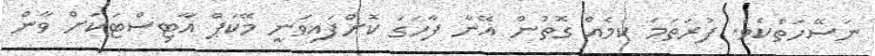
ނަސޭހަތެކެވެ. ފުރަތަމަ ކަމެއް ގޮތުން އޭނާ ފާހަގަ ކޮށްފައިވަނީ މޭކަޕް އާޓިސްޓަކަށް ވާން